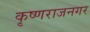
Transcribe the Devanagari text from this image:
कृष्णराजनगर